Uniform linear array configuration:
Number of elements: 48
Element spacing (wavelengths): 1
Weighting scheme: kaiser
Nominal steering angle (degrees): -45
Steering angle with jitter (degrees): -43.236
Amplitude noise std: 0.05
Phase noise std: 0.05

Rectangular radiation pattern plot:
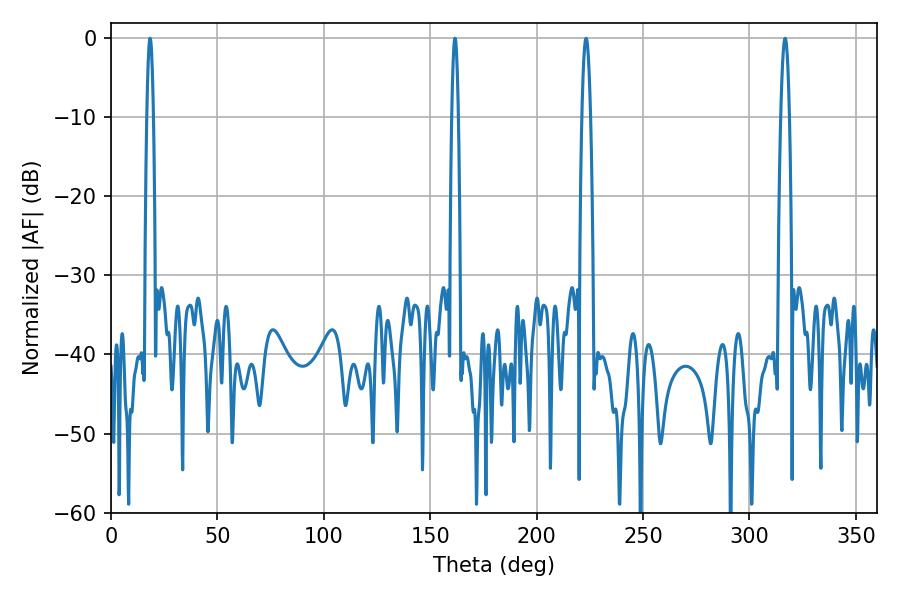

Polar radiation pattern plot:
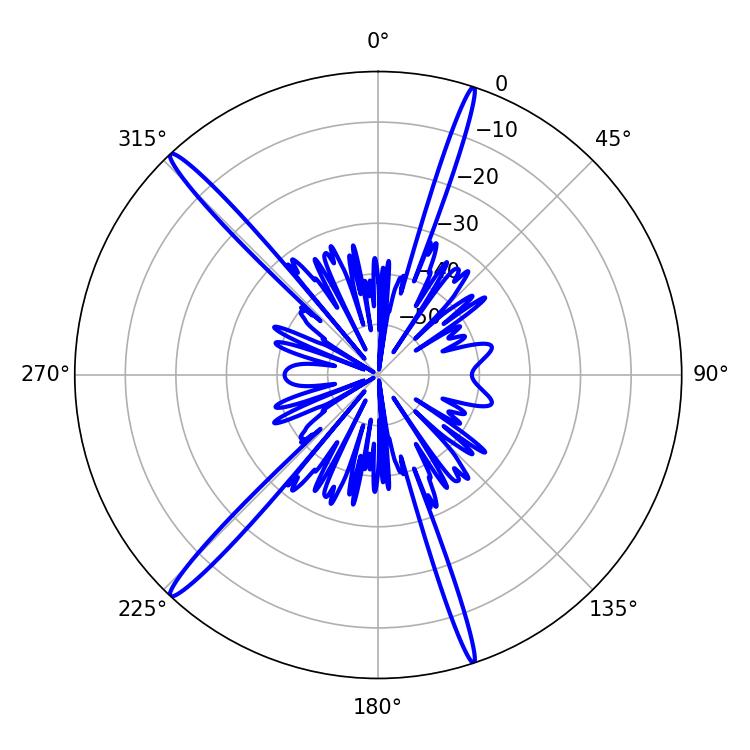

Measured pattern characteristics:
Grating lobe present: TRUE
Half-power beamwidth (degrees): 1.44
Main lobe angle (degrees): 18.36